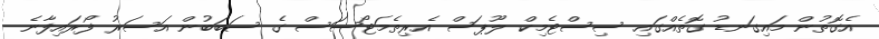
އެގޮތުން މައިގަނޑު ގޮތެއްގައި ސިސްޓެމިކް ލޫޕަސް އެރިތެމަޓޯސަސް ގެ ސަބަބުން އަސަރު ފޯރައިފާނެ